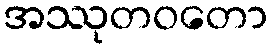
အဿုတဝတော